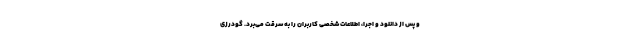
و پس از دانلود و اجرا، اطلاعات شخصی کاربران را به سرقت می‌برد. گودرزی